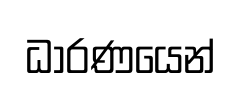
ධාරණයෙන්